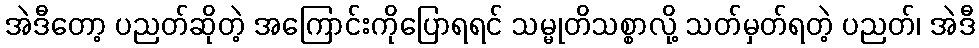
အဲဒီတော့ ပညတ်ဆိုတဲ့ အကြောင်းကိုပြောရရင် သမ္မုတိသစ္စာလို့ သတ်မှတ်ရတဲ့ ပညတ်၊ အဲဒီ